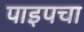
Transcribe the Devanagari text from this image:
पाइपचा